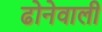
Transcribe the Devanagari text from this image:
ढोनेवाली